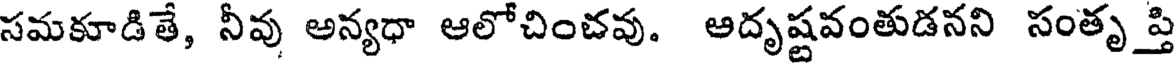
సమకూడితే, నీవు అన్యధా ఆలోచించవు. ఆదృష్టవంతుడనని సంతృప్తి